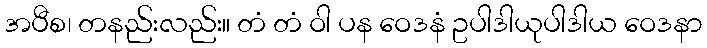
အပီစ၊ တနည်းလည်း။ တံ တံ ဝါ ပန ဝေဒနံ ဥပါဒါယုပါဒါယ ဝေဒနာ